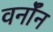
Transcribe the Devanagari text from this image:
वर्नॉन